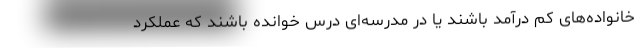
خانواده‌های کم درآمد باشند یا در مدرسه‌ای درس خوانده باشند که عملکرد